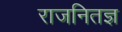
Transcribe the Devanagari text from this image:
राजनितज्ञ